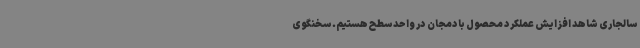
سالجاری شاهد افزایش عملکرد محصول بادمجان در واحد سطح هستیم. سخنگوی